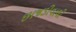
છાજડીવાલી